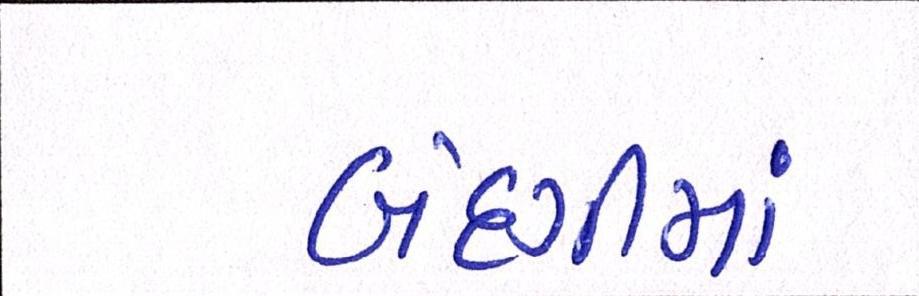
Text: બંદગીમાં